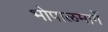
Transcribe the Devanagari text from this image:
भोपाळमार्गे